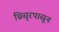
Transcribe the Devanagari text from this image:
थ्रिसुरपासून